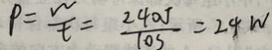
P = \frac { w } { t } = \frac { 2 4 0 J } { 1 0 s } = 2 4 w